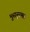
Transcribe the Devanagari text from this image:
भुसनूरमठ